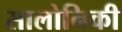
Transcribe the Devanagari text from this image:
सालोनिकी